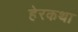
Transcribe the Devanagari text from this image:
हेरकथा